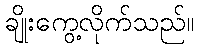
ချိုးကွေ့လိုက်သည်။